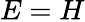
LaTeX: E=H